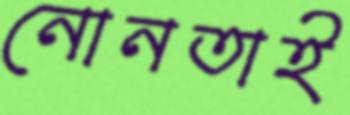
নোনতাই